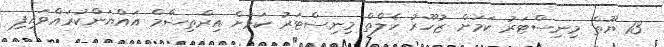
13 ޔޫތް މިނިސްޓަރު ކަމަށް ޒުހޫރު ހެލްތް މިނިސްޓަރު ކަމަށް އިރްތިޝާމް އައްޔަންކުރައްވައިފި